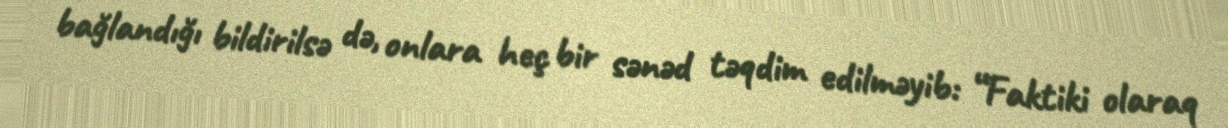
bağlandığı bildirilsə də, onlara heç bir sənəd təqdim edilməyib: “Faktiki olaraq